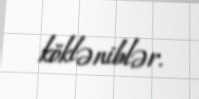
kökləniblər.